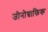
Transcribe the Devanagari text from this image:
जीनोग्राफिक